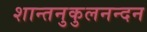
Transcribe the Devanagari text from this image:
शान्तनुकुलनन्दन